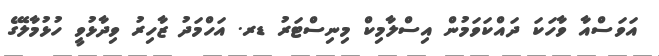
އަވަސްއާ ވާހަކަ ދައްކަވަމުން އިސްލާމިކް މިނިސްޓަރު ޑރ. އަހްމަދު ޒާހިރު ވިދާޅުވީ ހުޅުމާލޭގެ